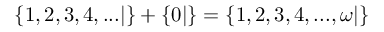
\{ 1 , 2 , 3 , 4 , . . . | \} + \{ 0 | \} = \{ 1 , 2 , 3 , 4 , . . . , \omega | \}